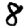
Digit: 8